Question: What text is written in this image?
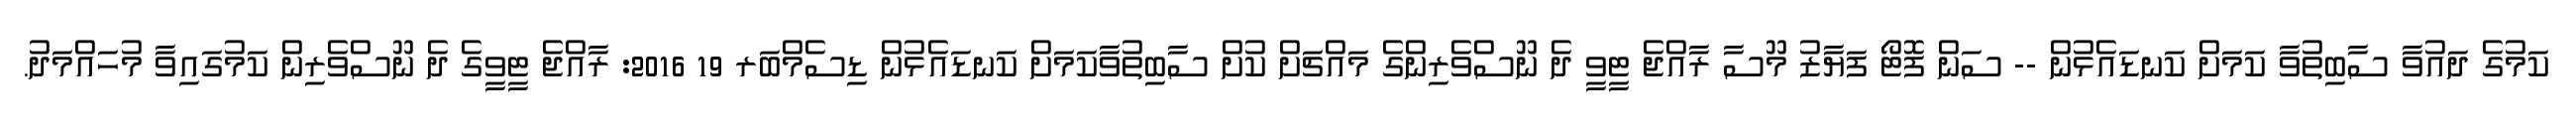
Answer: ކަމުގެ ދައުވާ ސާބިތުވާ ކަމަށް ކަނޑައެޅުން -- ސަން ފޮޓޯ ފަޔާޒު މޫސާ ރާއްޖެ ޓީވީ ދެ ނޫސްވެރިންގެ މައްޗަށް ކުށް ސާބިތުވާކަމަށް ކަނޑައެޅުން ޑިސެމްބަރ 19 2016: ރާއްޖެ ޓީވީގެ ދެ ނޫސްވެރިން ކަމުގައިވާ މުހައްމަދު.